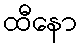
ထီနော